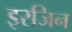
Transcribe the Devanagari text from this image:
इरजिन